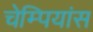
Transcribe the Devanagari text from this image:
चेम्पियांस